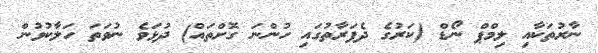
ނާރުތަކާއި ލިމްޕް ނޯޑް (ކަރުގެ ދެފަރާތުގައި ހުންނަ ގޮށްތައް) ދުޅަވެ ނުވަތަ ހަލާކުވުން